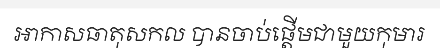
អាកាសធាតុសកល បានចាប់ផ្តើមជាមួយកុមារ